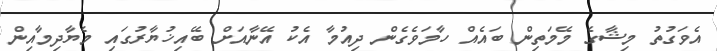
އެވަގުތު މިޝާގެ މޭމަތިން ބައެއް ހާމަވެގެން ދިއުމާ އެކު އޭނާއަށް ބޭއިޚުޔާރުގައި މެޔާދިމާއިން